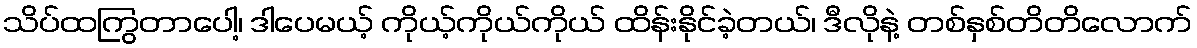
သိပ်ထကြွတာပေါ့၊ ဒါပေမယ့် ကိုယ့်ကိုယ်ကိုယ် ထိန်းနိုင်ခဲ့တယ်၊ ဒီလိုနဲ့ တစ်နှစ်တိတိလောက်